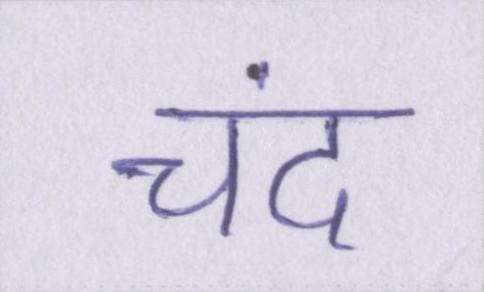
चंद